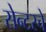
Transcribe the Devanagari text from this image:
सेन्टरचे